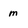
Character: m